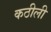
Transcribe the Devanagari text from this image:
कठीली